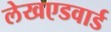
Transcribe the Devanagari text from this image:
लेखएडवार्ड